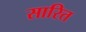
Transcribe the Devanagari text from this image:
सारित